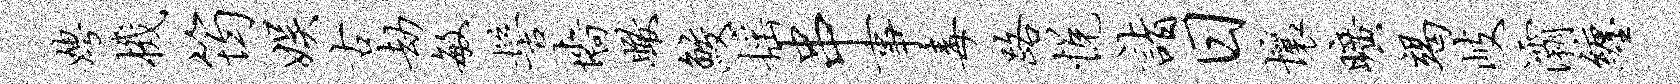
娉机筠娱古劫敏髻墙瞰鲛摇串事毒路悦诣日壤旷竭岐灞缠